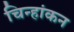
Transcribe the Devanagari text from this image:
चिन्हांकन